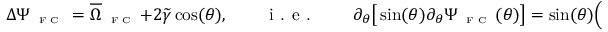
\Delta \Psi _ { \textnormal { \tiny { F C } } } = \overline { { \Omega } } _ { \textnormal { \tiny { F C } } } + 2 \widetilde { \gamma } \cos ( \theta ) , \qquad \textnormal { i . e . } \qquad \partial _ { \theta } \big [ \sin ( \theta ) \partial _ { \theta } \Psi _ { \textnormal { \tiny { F C } } } ( \theta ) \big ] = \sin ( \theta ) \Big ( \omega _ { N } \mathbf { 1 } _ { 0 < \theta < \theta _ { 0 } } + \omega _ { S } \mathbf { 1 } _ { \theta _ { 0 } \leqslant \theta < \pi } \Big ) + \widetilde { \gamma } \sin ( 2 \theta ) .